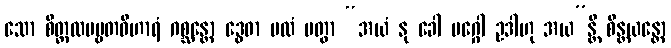
သော စိတ္တလပဗ္ဗတဝိဟာရံ ဂစ္ဆန္တော ဒွေဓာ ပထံ ပတွာ “အယံ နု ခေါ မဂ္ဂေါ ဥဒါဟု အယ”န္တိ စိန္တယန္တော